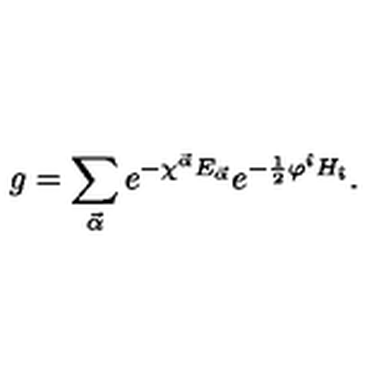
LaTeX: g = \sum _ { \vec { \alpha } } e ^ { - \chi ^ { \vec { \alpha } } E _ { \vec { \alpha } } } e ^ { - \frac { 1 } { 2 } \varphi ^ { \hat { \imath } } H _ { \hat { \imath } } } .